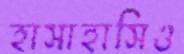
হাসাহাসিও